Report of the veterinary officer investigating camel disease
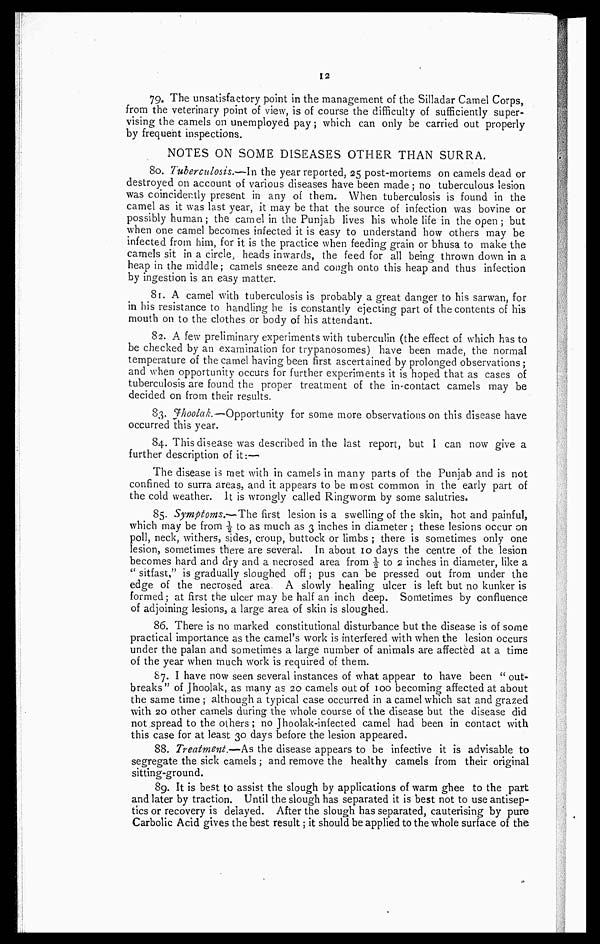
12
79. The unsatisfactory point in the management of the Silladar Camel Corps,
from the veterinary point of view, is of course the difficulty of sufficiently super-
vising the camels on unemployed pay; which can only be carried out properly
by frequent inspections.
NOTES ON SOME DISEASES OTHER THAN SURRA.
80. Tuberculosis.-In the year reported, 25 post-mortems on camels dead or
destroyed on account of various diseases have been made ; no tuberculous lesion
was coincidently present in any of them. When tuberculosis is found in the
camel as it was last year, it may be that the source of infection was bovine or
possibly human; the camel in the Punjab lives his whole life in the open; but
when one camel becomes infected it is easy to understand how others may be
infected from him, for it is the practice when feeding grain or bhusa to make the
camels sit in a circle; heads inwards, the feed for all being thrown down in a
heap in the middle; camels sneeze and cough onto this heap and thus infection
by ingestion is an easy matter.
81. A camel with tuberculosis is probably a great danger to his sarwan, for
in his resistance to handling he is constantly ejecting part of the contents of his
mouth on to the clothes or body of his attendant.
82. A few preliminary experiments with tuberculin (the effect of which has to
be checked by an examination for trypanosomes) have been made, the normal
temperature of the camel having been first ascertained by prolonged observations ;
and when opportunity occurs for further experiments it is hoped that as cases of
tuberculosis are found the proper treatment of the in-contact camels may be
decided on from their results,
83- Jhoolak.—Opportunity for some more observations on this disease have
occurred this year.
84. This disease was described in the last report, but I can now give a
further description of it:—
The disease is met with in camels in many parts of the Punjab and is not
confined to surra areas, and it appears to be most common in the early part of
the cold weather. It is wrongly called Ringworm by some salutries.
85. Symptoms.—The first lesion is a swelling of the skin, hot and painful,
which may be from ½ to as much as 3 inches in diameter ; these lesions occur on
poll, neck, withers, sides, croup, buttock or limbs ; there is sometimes only one
lesion, sometimes there are several. In about 10 days the centre of the lesion
becomes hard and dry and a necrosed area from ½ to 2 inches in diameter, like a
" sitfast," is gradually sloughed off; pus can be pressed out from under the
edge of the necrosed area. A slowly healing ulcer is left but no kunker is
formed; at first the ulcer may be half an inch deep. Sometimes by confluence
of adjoining lesions, a large area of skin is sloughed.
86. There is no marked constitutional disturbance but the disease is of some
practical importance as the camel's work is interfered with when the lesion occurs
under the palan and sometimes a large number of animals are affected at a time
of the year when much work is required of them.
87. I have now seen several instances of what appear to have been " out-
breaks" of Jhoolak, as many as 20 camels out of 100 becoming affected at about
the same time ; although a typical case occurred in a camel which sat and grazed
with 20 other camels during the whole course of the disease but the disease did
not spread to the others; no Jhoolak-infected camel had been in contact with
this case for at least 30 days before the lesion appeared.
88. Treatment.—As the disease appears to be infective it is advisable to
segregate the sick camels ; and remove the healthy camels from their original
sitting-ground.
89. It is best to assist the slough by applications of warm ghee to the part
and later by traction. Until the slough has separated it is best not to use antisep-
tics or recovery is delayed. After the slough has separated, cauterising by pure
Carbolic Acid gives the best result; it should be applied to the whole surface of the